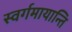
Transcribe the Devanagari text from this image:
स्वर्गमायान्ति